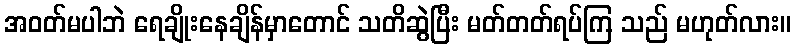
အဝတ်မပါဘဲ ရေချိုးနေချိန်မှာတောင် သတိဆွဲပြီး မတ်တတ်ရပ်ကြ သည် မဟုတ်လား။